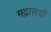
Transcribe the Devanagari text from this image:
मद्रासची